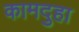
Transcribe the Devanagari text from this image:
कामदुहा